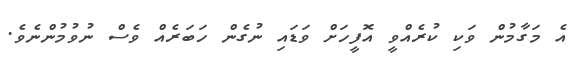
އެ މަގާމުން ވަކި ކުރެއްވީ އޮފީހަށް ވަޑައި ނުގެން ހަބަރެއް ވެސް ނުވުމުންނެވެ.